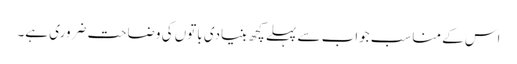
اس کے مناسب جواب سے پہلے کچھ بنیادی باتوں کی وضاحت ضروری ہے۔